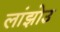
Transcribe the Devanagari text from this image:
लांझोउ